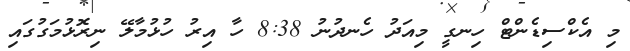
މި އެކްސިޑެންޓް ހިނގީ މިއަދު ހެނދުނު 8:38 ހާ އިރު ހުޅުމާލޭ ނިރޮޅުމަގުގައި